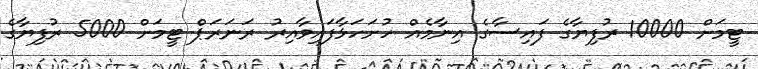
ޓީމަށް 10000 ރުފިޔާގެ ފައިސާގެ އިނާމެއް ހުށަހަޅާފައިވާއިރު ރަނަރަޕް ޓީމަށް 5000 ރުފިޔާގެ